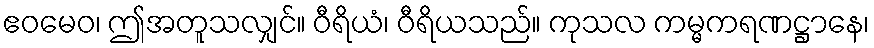
ဧဝမေဝ၊ ဤအတူသလျှင်။ ဝီရိယံ၊ ဝီရိယသည်။ ကုသလ ကမ္မကရဏဋ္ဌာနေ၊